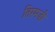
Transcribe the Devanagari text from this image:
तिरमज़ी